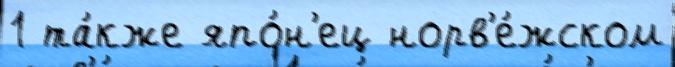
1 та́кже япо́н'ец норв'е́жском